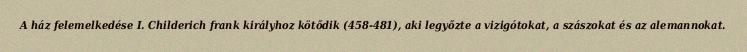
A ház felemelkedése I. Childerich frank királyhoz kötődik (458-481), aki legyőzte a vizigótokat, a szászokat és az alemannokat.